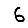
Digit: 6